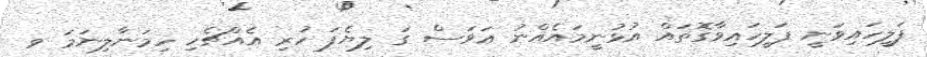
ފަލީހައިވަނީ ފަލީހައިވާގޮތައް އުޅުނީމައެއްނު ޢަވަސް ގަ ލިޔެފަ ހުރި އެއްޗެހި ހިމަނާލިނަމަ ވ